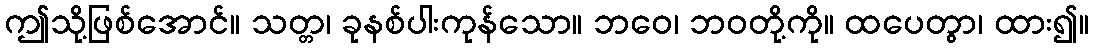
ဤသို့ဖြစ်အောင်။ သတ္တ၊ ခုနစ်ပါးကုန်သော။ ဘဝေ၊ ဘဝတို့ကို။ ထပေတွာ၊ ထား၍။